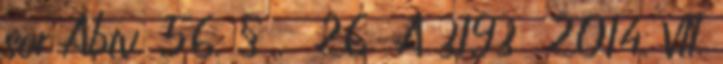
sor Abtv. 56. § . 26 A 3193 2014. VII.